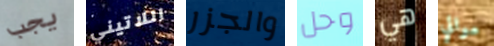
يجب اللاتيني والجزر وحل هي موالي